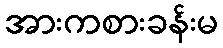
အားကစားခန်းမ